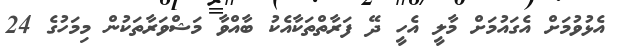
އެޅުވުމަށް އެގައުމަށް މާލީ އެހީ ދޭ ފަރާތްތަކާއެކު ބާއްވާ މަޝްވަރާތަކުން މިމަހުގެ 24